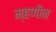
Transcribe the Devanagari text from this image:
म्हणौन